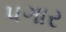
પગાર